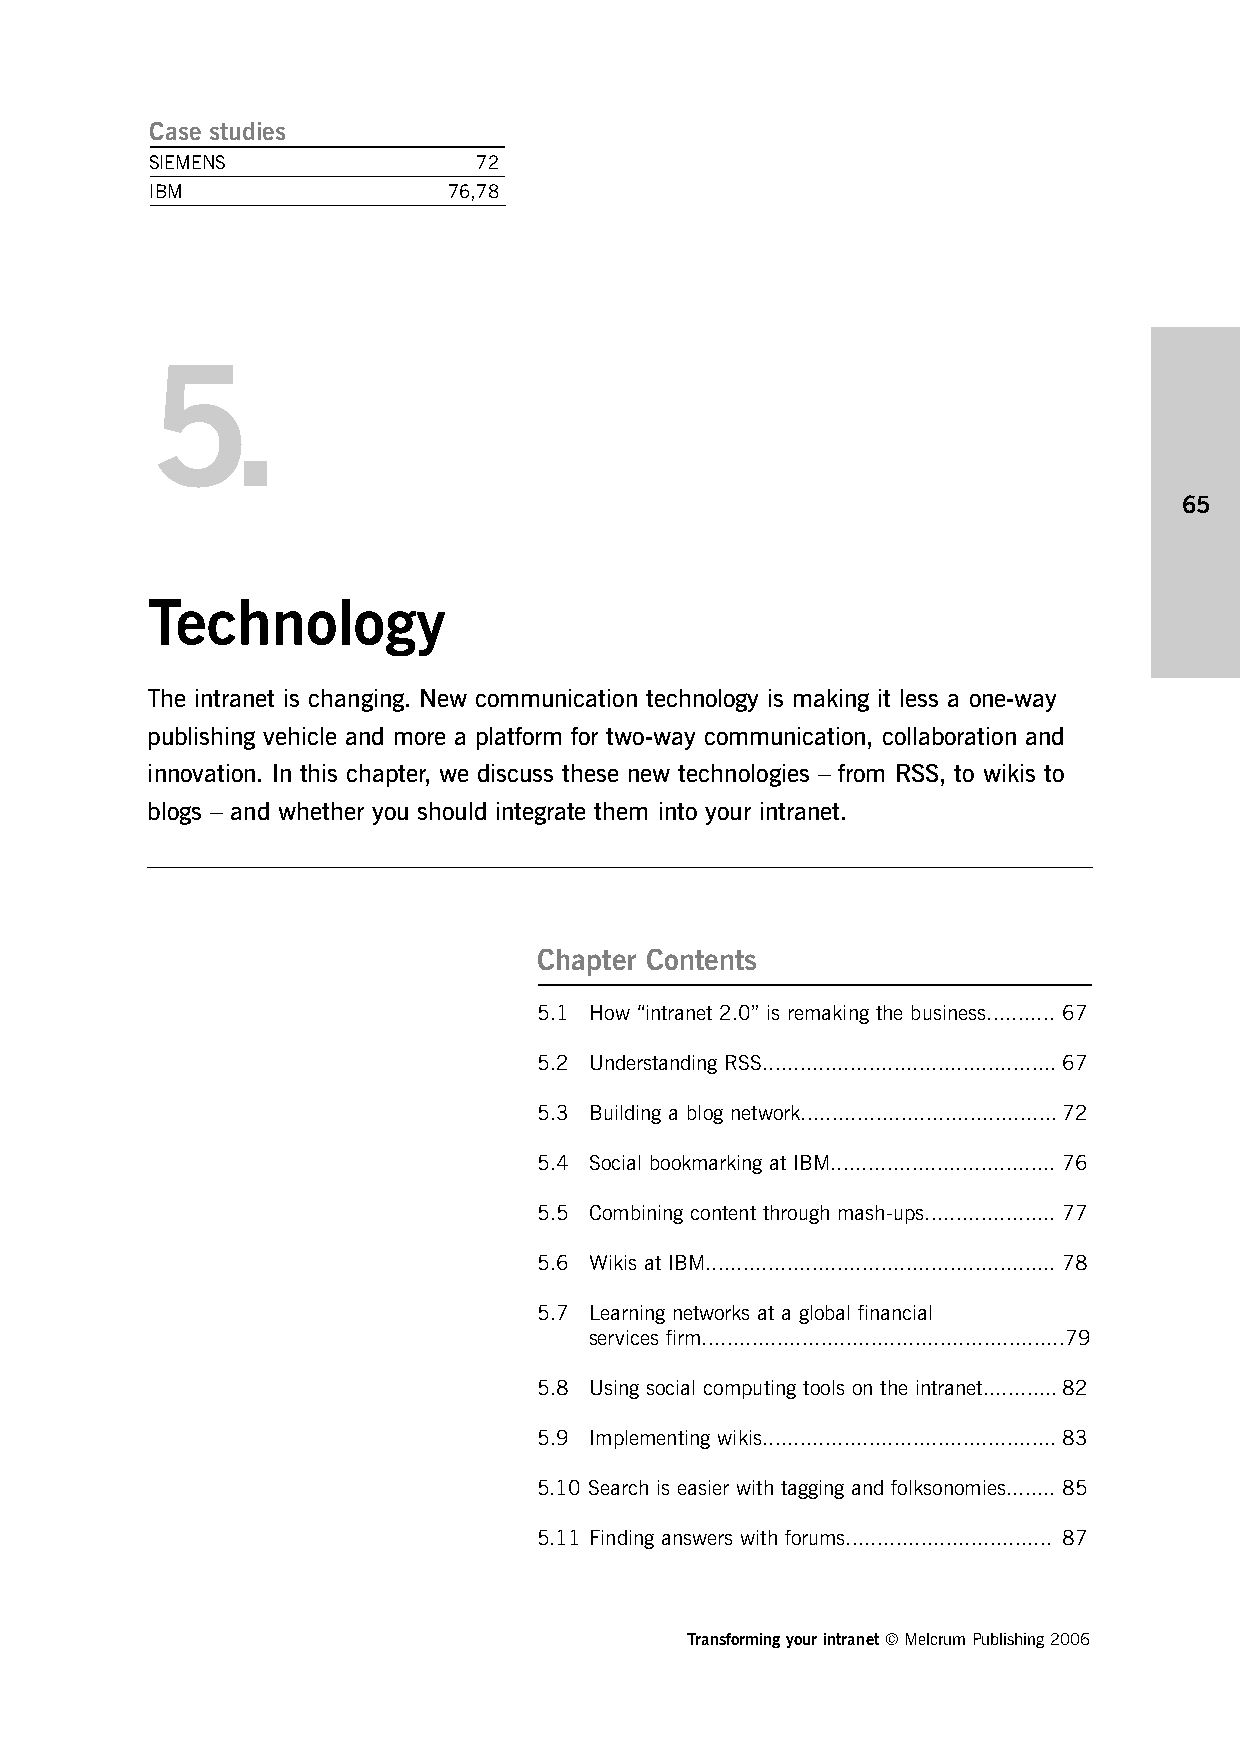
Case studies
 SIEMENS               72
 IBM                 76,78
 5.
 65
 Technology
 The intranet is changing. New communication technology is making it less a one-way
 publishing vehicle and more a platform for two-way communication, collaboration and
 innovation. In this chapter, we discuss these new technologies – from RSS, to wikis to
 blogs – and whether you should integrate them into your intranet.
 Chapter Contents
 5.1 How “intranet 2.0” is remaking the business........... 67
 5.2 Understanding RSS...............................................67
 5.3 Building a blog network.........................................72
 5.4 Social bookmarking at IBM.................................... 76
 5.5 Combining content through mash-ups..................... 77
 5.6 Wikis at IBM........................................................ 78
 5.7 Learning networks at a global financial
 services firm..........................................................79
 5.8 Using social computing tools on the intranet............82
 5.9 Implementing wikis...............................................83
 5.10 Search is easier with tagging and folksonomies........ 85
 5.11 Finding answers with forums................................. 87
 Transforming your intranet © Melcrum Publishing 2006